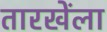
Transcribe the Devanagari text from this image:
तारखेंला